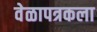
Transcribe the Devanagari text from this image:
वेळापत्रकला